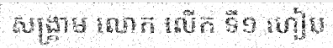
សង្គ្រាម លោក លើក ទី១ ហៀប